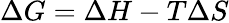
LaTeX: \Delta G=\Delta H-T\Delta S